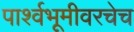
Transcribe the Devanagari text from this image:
पार्श्वभूमीवरचेच